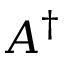
A ^ { \dagger }